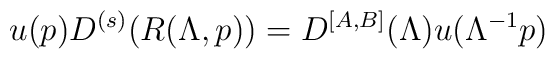
u(p)D^{(s)}(R(\Lambda ,p))=D^{[A,B]}(\Lambda )u(\Lambda ^{-1}p)